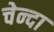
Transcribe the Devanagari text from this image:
चेन्दा